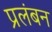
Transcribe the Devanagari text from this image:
प्रलंबन